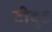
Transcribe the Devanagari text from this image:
टीबुड